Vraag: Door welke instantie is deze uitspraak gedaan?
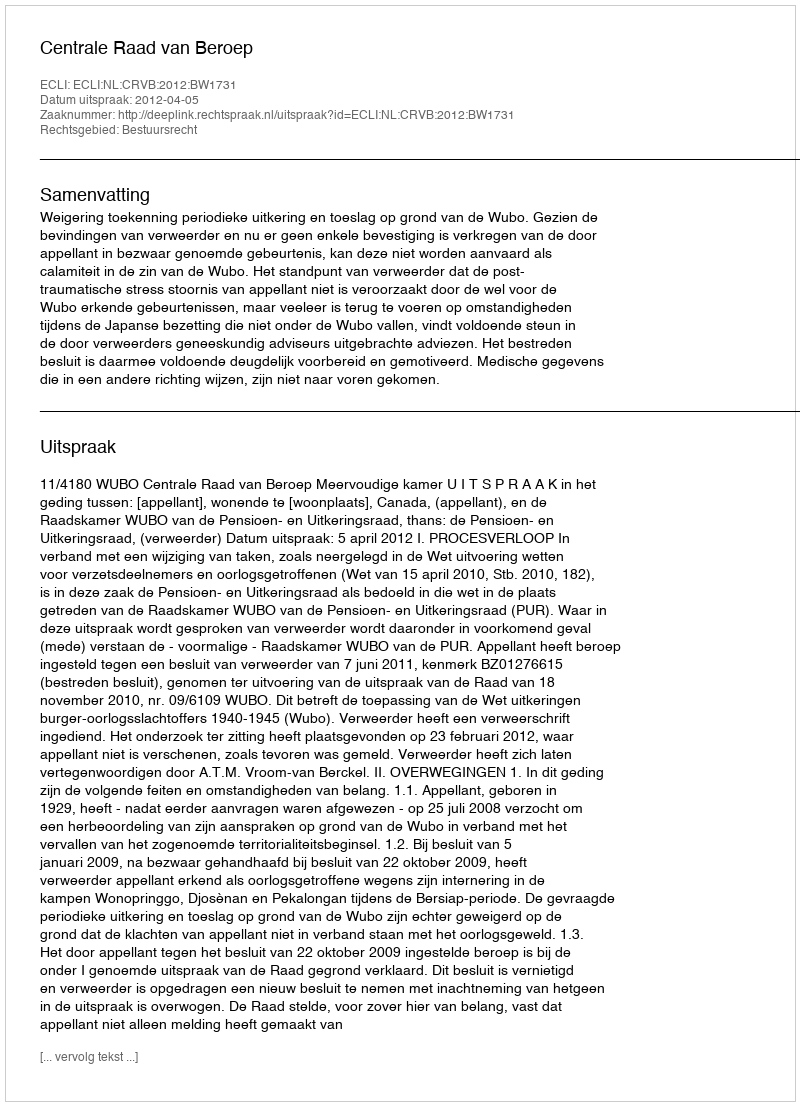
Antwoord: Centrale Raad van Beroep